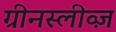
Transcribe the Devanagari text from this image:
ग्रीनस्लीव्ज़